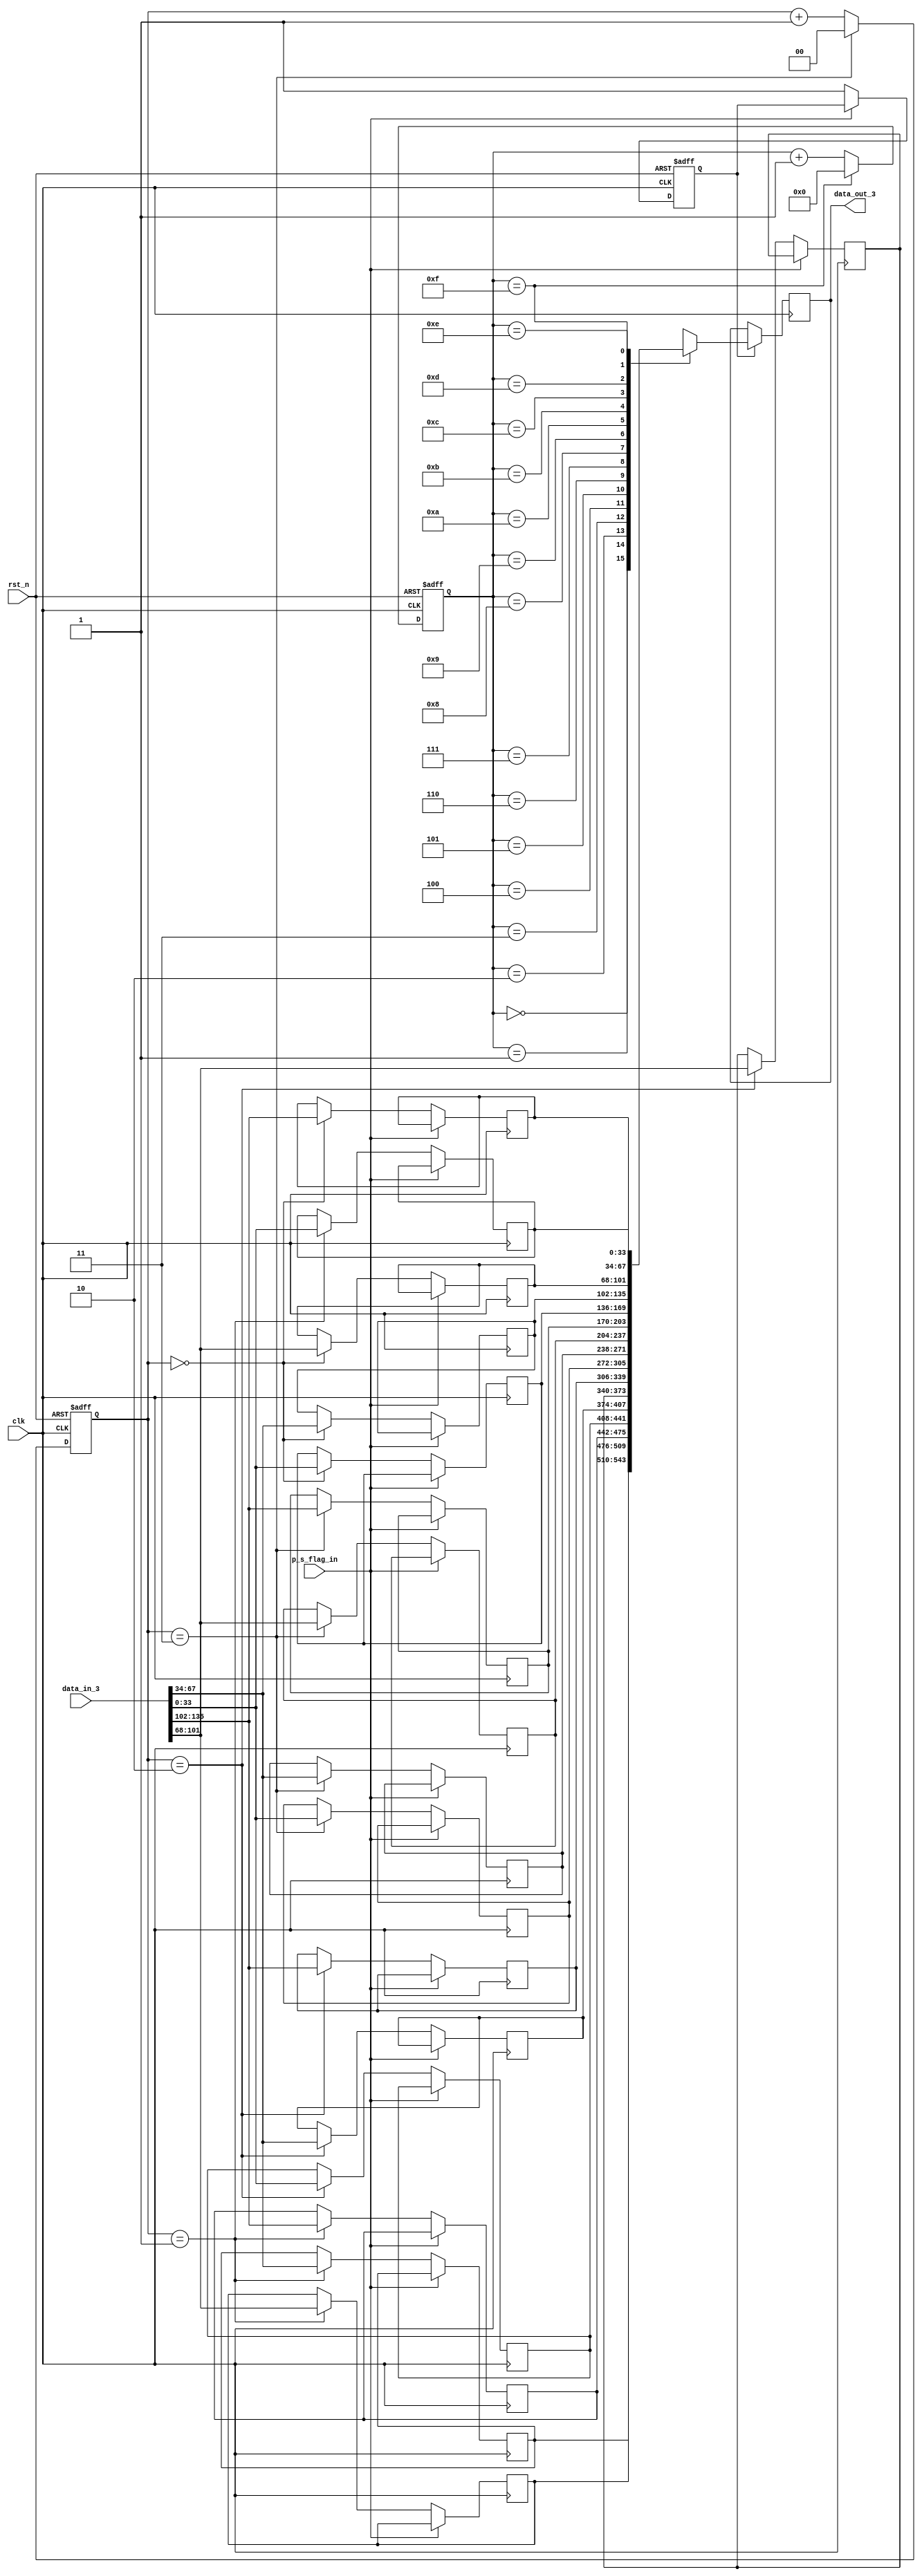
//**********************************************************



// School: Shanghai Jiao Tong University

//

// File Name: p_s

//

// Type: Sequential

//

// Purpose: <Specific Function Description>

// 

//

// Details: Convert parallel output to series output.

//

//

// Release History:

// - Version 1.0 20/03/27: Create;

// - Version 1.1 20/02/20: Modify;

// - Version 1.2 20/04/21: Edit format by @VenciFreeman;

// - Version 1.3 20/04/21: Delete next_1 and next_2.

//

// Notes:

//

//**********************************************************



module p_s(

  input  wire         clk,

  input  wire         rst_n,

  input  wire [135:0] data_in_3,

  input  wire         p_s_flag_in,

  output reg  [33:0]  data_out_3

  );

  

  reg [33:0] R0;

  reg [33:0] R1;

  reg [33:0] R2;

  reg [33:0] R3;

  reg [33:0] R4;

  reg [33:0] R5;

  reg [33:0] R6;

  reg [33:0] R7;

  reg [33:0] R8;

  reg [33:0] R9;

  reg [33:0] R10;

  reg [33:0] R11;

  reg [33:0] R12;

  reg [33:0] R13;

  reg [33:0] R14;

  reg [33:0] R15;



  reg [1:0]  counter_1;

  reg [3:0]  counter_2;

  reg        p_s_flag_out;

  

// This always part controls signal counter_1. 

  always @ ( posedge clk or negedge rst_n ) begin

    if ( !rst_n )

      counter_1 <= 2'b0;

    else if ( counter_1 == 2'b11 )

      counter_1 <= 2'b0;

    else

      counter_1 <= counter_1 + 2'b01;

  end



// This always part controls registers. 

  always @ ( posedge clk ) begin

    if ( !p_s_flag_in ) begin

      case ( counter_1 )

        2'b10: begin

          R0  <= data_in_3[33:0];

          R4  <= data_in_3[67:34];

          R8  <= data_in_3[101:68];

          R12 <= data_in_3[135:102];

      end

      2'b11: begin

          R1  <= data_in_3[33:0];

          R5  <= data_in_3[67:34];

          R9  <= data_in_3[101:68];

          R13 <= data_in_3[135:102];

      end

      2'b00: begin

          R2  <= data_in_3[33:0];

          R6  <= data_in_3[67:34];

          R10 <= data_in_3[101:68];

          R14 <= data_in_3[135:102];

      end

      2'b01: begin

          R3  <= data_in_3[33:0];

          R7  <= data_in_3[67:34];

          R11 <= data_in_3[101:68];

          R15 <= data_in_3[135:102];

      end

      endcase

    end

  end



// This always part controls signal counter_2. 

  always @ ( posedge clk or negedge rst_n ) begin

    if ( !rst_n )

      counter_2 <= 4'b0;

    else if ( counter_2 == 4'b1111 )

      counter_2 <= 4'b0;

    else

      counter_2 <= counter_2 + 4'b0001;

  end



// This always part controls p_s_flag_out. 

  always @ ( posedge clk or negedge rst_n ) begin

     if ( !rst_n )

      p_s_flag_out <= 1'b0;

     else if ( !p_s_flag_in ) 

      p_s_flag_out <= 1'b1;

     else

      p_s_flag_out <= p_s_flag_out;

  end



// This always part controls data_out_3.          

  always @ ( posedge clk ) begin

    if ( p_s_flag_out ) begin

      case( counter_2 )

        4'b0000: data_out_3 <= R7;

        4'b0001: data_out_3 <= R11;

        4'b0010: data_out_3 <= R15;

        4'b0011: data_out_3 <= R0;

        4'b0100: data_out_3 <= R4;

        4'b0101: data_out_3 <= R8;

        4'b0110: data_out_3 <= R12;

        4'b0111: data_out_3 <= R1;

        4'b1000: data_out_3 <= R5;

        4'b1001: data_out_3 <= R9;

        4'b1010: data_out_3 <= R13;

        4'b1011: data_out_3 <= R2;

        4'b1100: data_out_3 <= R6;

        4'b1101: data_out_3 <= R10;

        4'b1110: data_out_3 <= R14;

        4'b1111: data_out_3 <= R3;

      endcase

    end

  end

   

endmodule